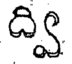
ద్వి